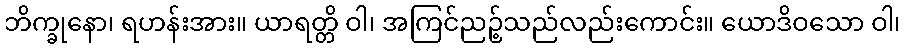
ဘိက္ခုနော၊ ရဟန်းအား။ ယာရတ္တိ ဝါ၊ အကြင်ညဉ့်သည်လည်းကောင်း။ ယောဒိဝသော ဝါ၊